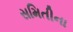
સમિતીના